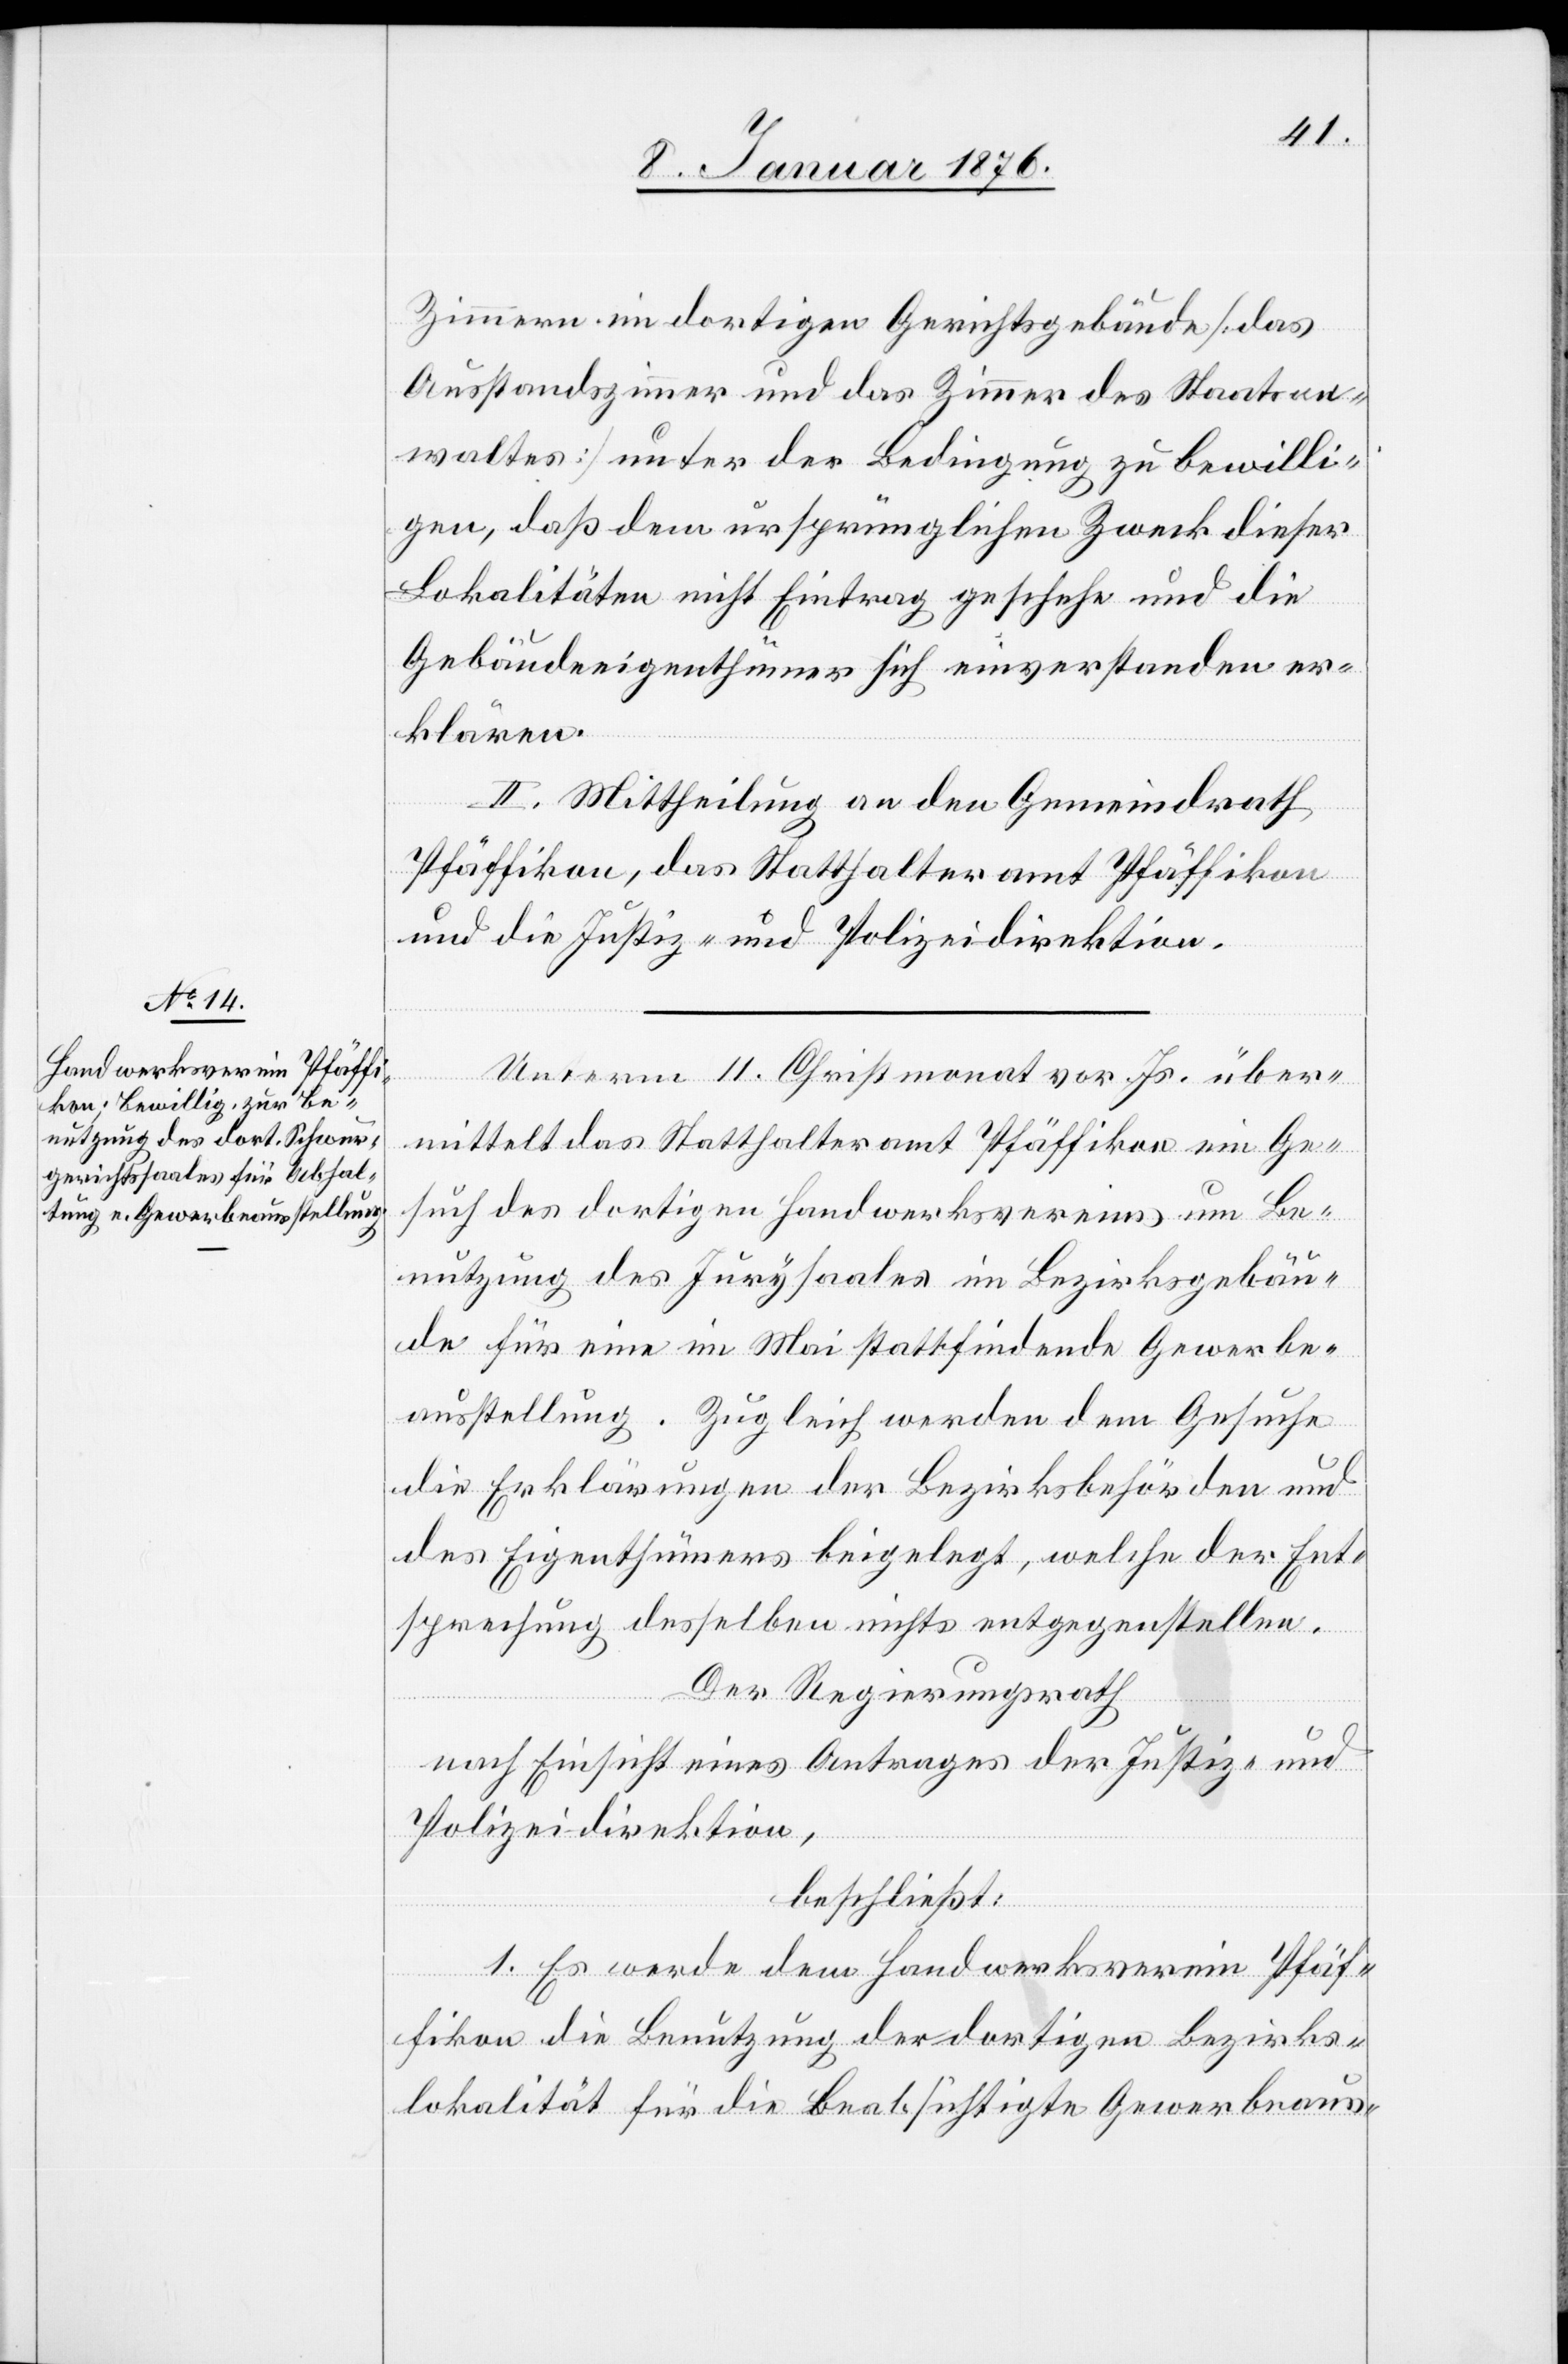
Zimmern im dortigen Gerichtsgebäude [das
Ausstandszimmer und das Zimmer des Staatsan¬
waltes] unter der Bedingung zu bewilli¬
gen, daß dem ursprünglichen Zweck dieser
Lokalitäten nicht Eintrag geschehe und die
Gebäudeeigenthümer sich einverstanden er¬
klären.
II. Mittheilung an den Gemeindrath
Pfäffikon, das Statthalteramt Pfäffikon
und die Justiz- und Polizeidirektion.
Unterm 11. Christmonat vor. Js. über¬
mittelt das Statthalteramt Pfäffikon ein Ge¬
such des dortigen Handwerksvereins um Be¬
nutzung des Jurysaales im Bezirksgebäu¬
de für eine im Mai stattfindende Gewerbe¬
ausstellung. Zugleich werden dem Gesuche
die Erklärungen der Bezirksbehörden und
des Eigenthümers beigelegt, welche der Ent¬
sprechung desselben nichts entgegenstellen.
Der Regierungsrath
nach Einsicht eines Antrages der Justiz- und
Polizeidirektion,
beschließt:
1. Es werde dem Handwerksverein Pfäf¬
fikon die Benutzung der dortigen Bezirks¬
lokalität für die beabsichtigte Gewerbeaus-